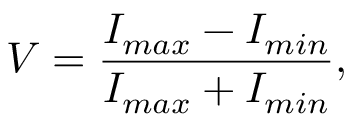
V = \frac { I _ { m a x } - I _ { m i n } } { I _ { m a x } + I _ { m i n } } ,